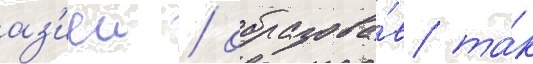
аз'иеи / образова́в та́к